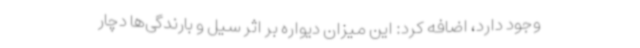
وجود دارد، اضافه کرد: این میزان دیواره بر اثر سیل و بارندگی‌ها دچار